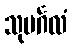
သုမင်္ဂလံ